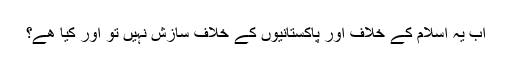
اب یہ اسلام کے خلاف اور پاکستانیوں کے خلاف سازش نہیں تو اور کیا ھے؟